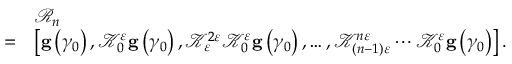
\begin{array} { r l } & { \mathcal { R } _ { n } } \\ { = } & { \left[ \mathbf { g } \left( \gamma _ { 0 } \right) , \mathcal { K } _ { 0 } ^ { \varepsilon } \mathbf { g } \left( \gamma _ { 0 } \right) , \mathcal { K } _ { \varepsilon } ^ { 2 \varepsilon } \mathcal { K } _ { 0 } ^ { \varepsilon } \mathbf { g } \left( \gamma _ { 0 } \right) , \ldots , \mathcal { K } _ { \left( n - 1 \right) \varepsilon } ^ { n \varepsilon } \cdots \mathcal { K } _ { 0 } ^ { \varepsilon } \mathbf { g } \left( \gamma _ { 0 } \right) \right] . } \end{array}